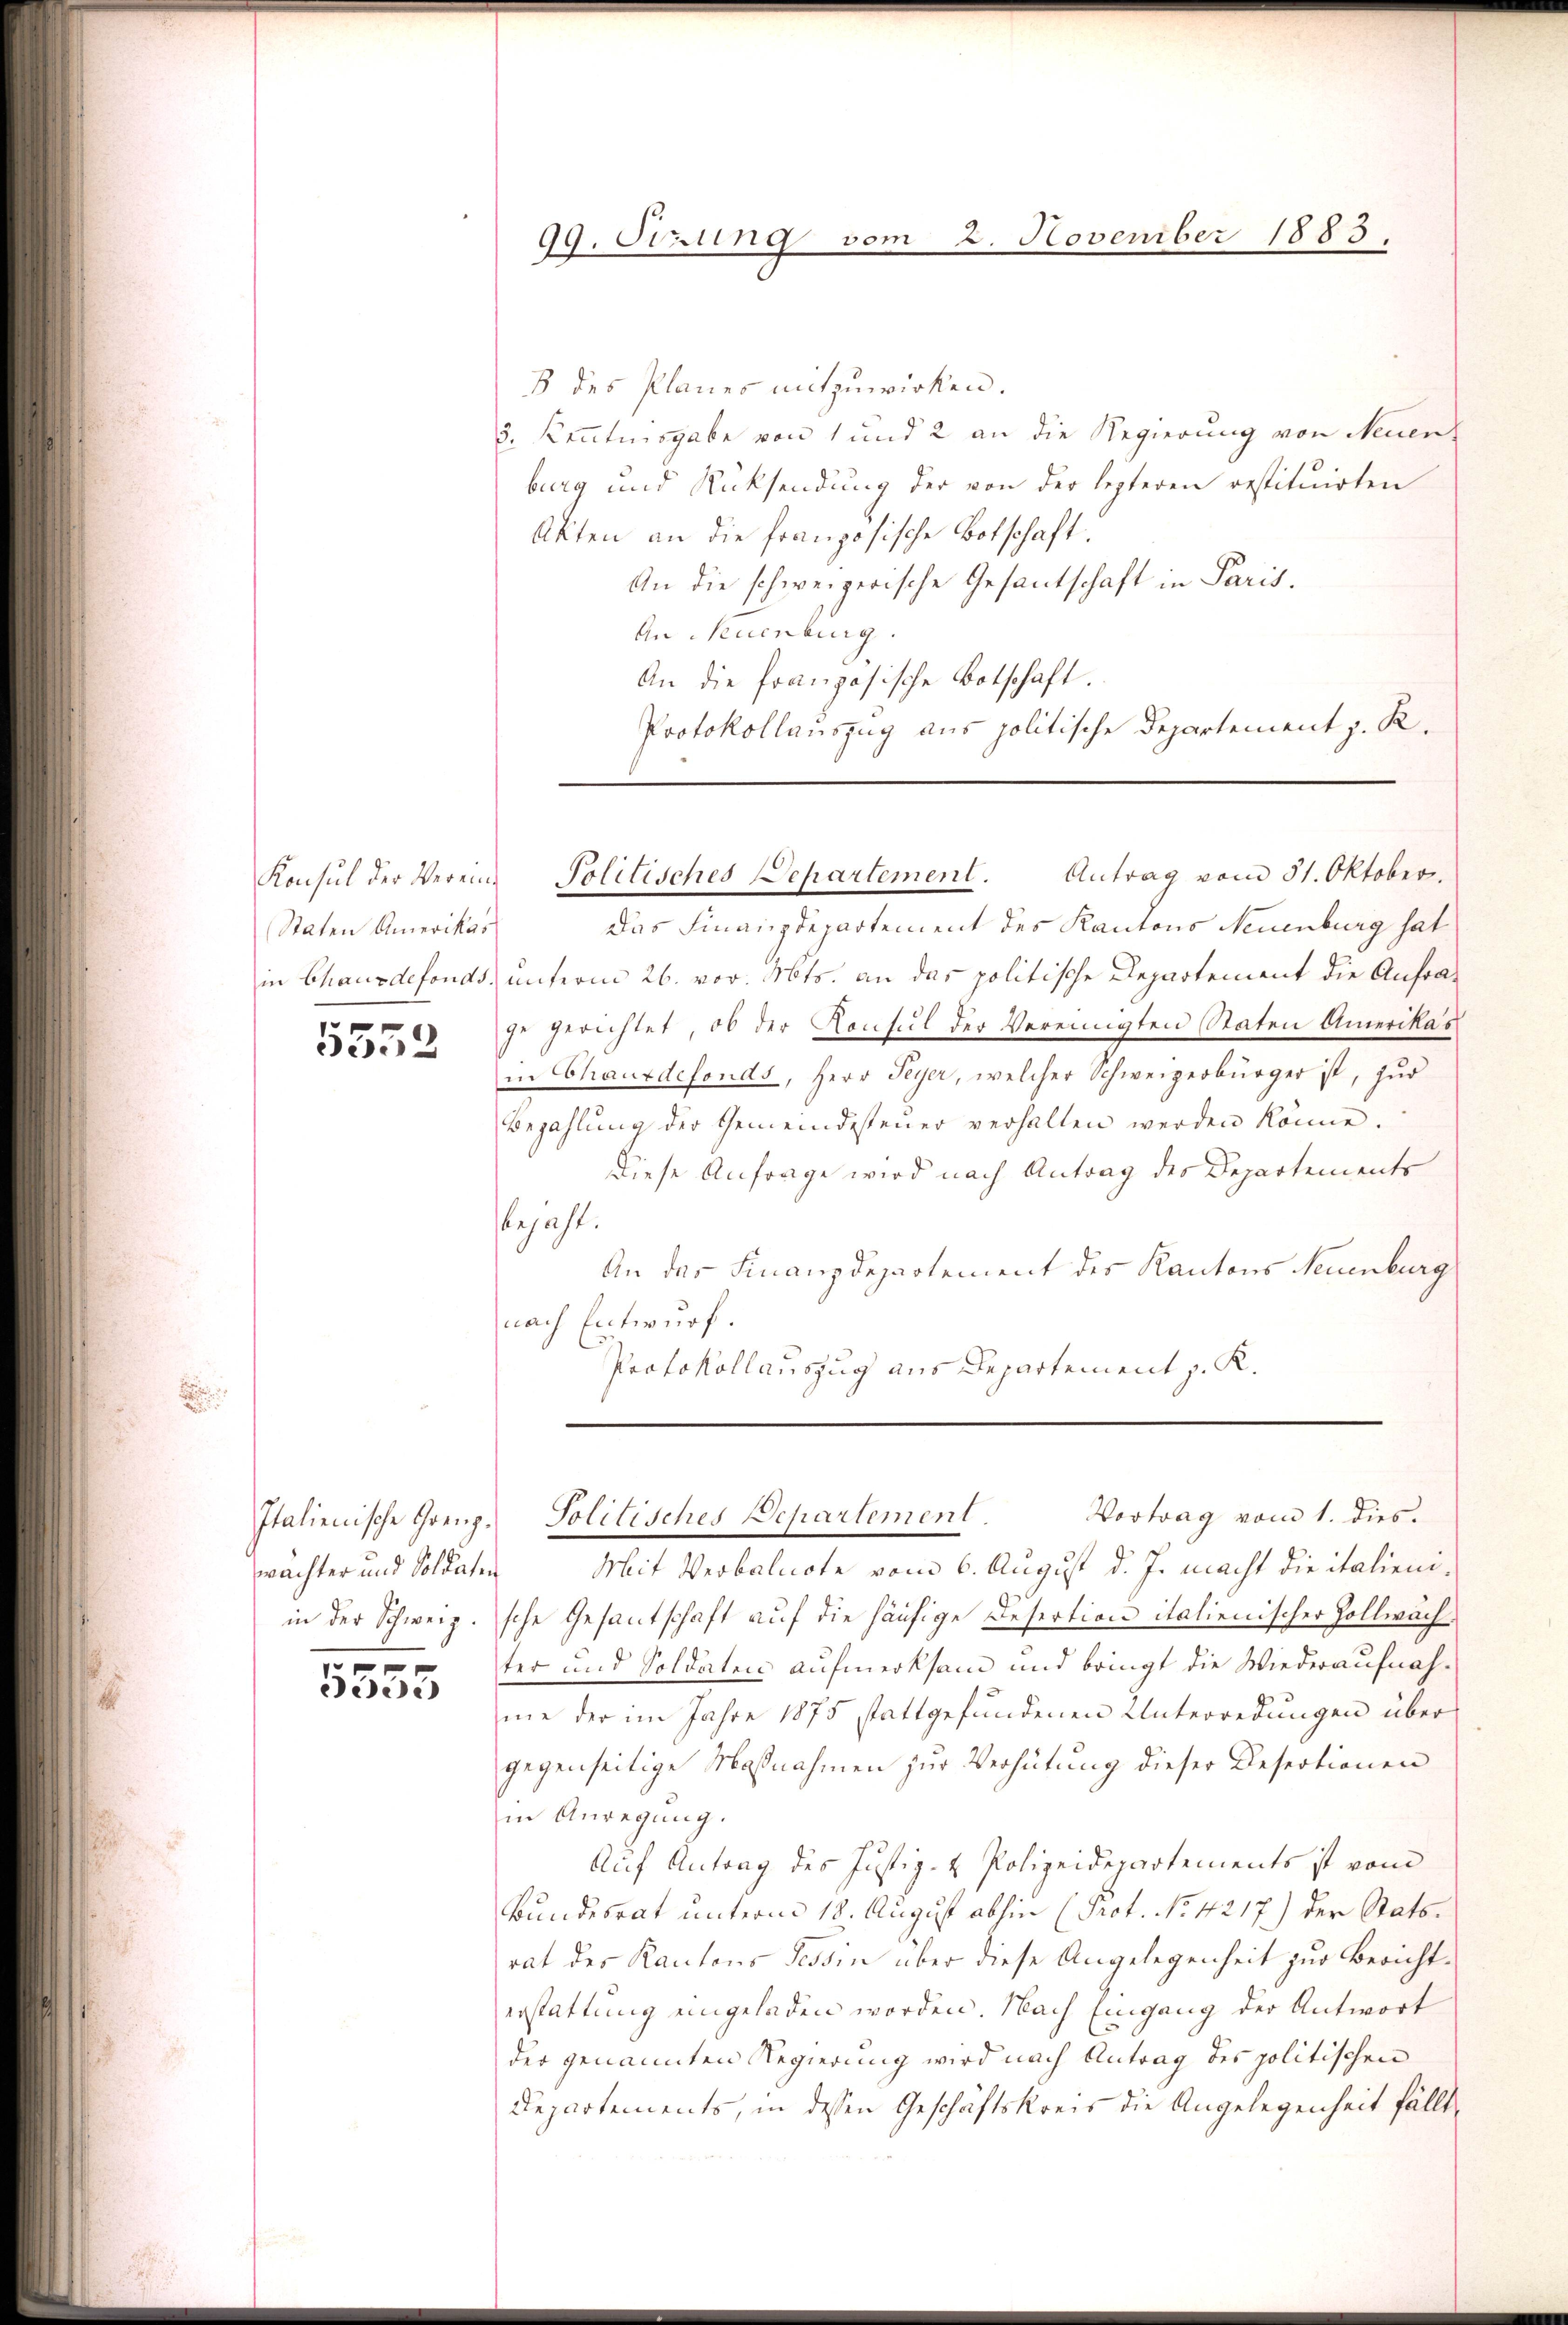
Konsul der Verein¬
Staten Amerikas
5552

Italienische Grenzwächter und Soldaten

5555

99. Oerung vom 2. November 1883.

8 des Planes mitzuwirken.
8. Kenntnisgabe von 1 und 2 an die Regierung von Neuen,
burg und Rücksendung der von der lezteren restituirten
Akten an die französische Botschaft.
An die schweizerische Gesantschaft in Paris.
An Neuenburg.
An die französische Botschaft.
Protokollauszug aus politische Departement z. R.

das Finanzdepartement des Kantons Neuenburg hat
in Chausdefonds, unterm 26. vor. Mts. an das politische Departement die Aufraje gerichtet, ob der Konsul der Vereinigten Staten Amerikas
in Chauxdefonds, Herr Feyer, welcher Schweizerbürger ist, zur
Bezahlung der Gemeindesteŭer verhalten werden könne.
Diese Anfrage wird nach Antrag der Departements
bejahl.
An das Finanzdepartement des Kantons Neuenburg
nach Entwurf.
Protokollauszug aus Departement z. K.

Politisches Departement. Antrag vom 31. Oktober.

Vortrag vom 1. dies.
Politisches Departement.

Mit Verbalnote vom 6. August d. J. macht die italieniin der Schweiz. sche Gesantschaft auf die häufige Desertion italienischer Zollwächter und Soldaten aufmerksam und bringt die Wiederaufnahme der im Jahre 1875 stattgefundenen Unterredungen über
gegenseitige Maßnahmen zur Verhütung dieser Desectionen
in Anregung.
Auf Antrag des Justiz- & Polizeidepartements ist vom
Bundesrat unterm 18. August abhin (Prot. No. 4217) der Stattrat des Kantons Tessin über diese Angelegenheit zur Berichterstattung eingeladen worden. Nach Eingang der Antwort
der genannten Regierung wird nach Antrag des politischen
Departements, in dessen Geschäftskreis die Angelegenheit fällt